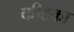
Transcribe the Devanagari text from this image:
कीटका